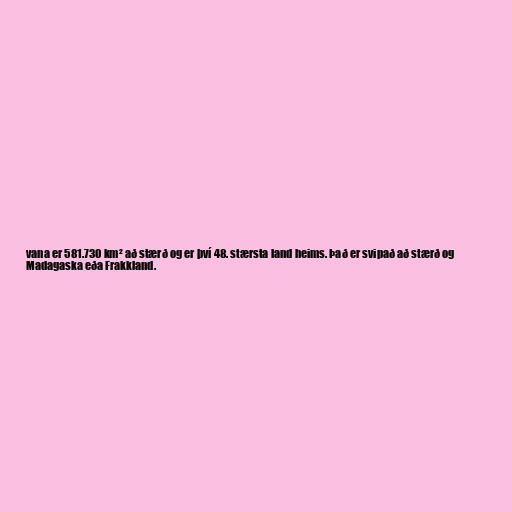
vana er 581.730 km² að stærð og er því 48. stærsta land heims. Það er svipað að stærð og
Madagaska eða Frakkland.